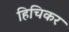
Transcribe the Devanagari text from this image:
हिचिकर